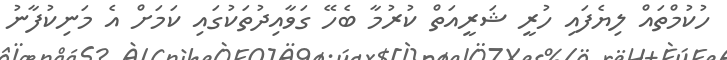
ހުކުމްތައް ލިޔެފައި ހުރީ ޝަރީއަތް ކުރުމާ ބެހޭ ގަވާއިދުތަކުގައި ކަމަށް އެ މަނިކުފާނު